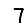
Digit: 7